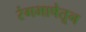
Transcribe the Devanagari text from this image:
रंगभाषेतून